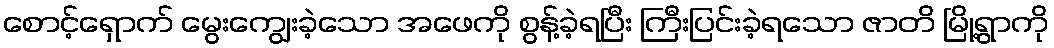
စောင့်ရှောက် မွေးကျွေးခဲ့သော အဖေကို စွန့်ခဲ့ရပြီး ကြီးပြင်းခဲ့ရသော ဇာတိ မြို့ရွာကို